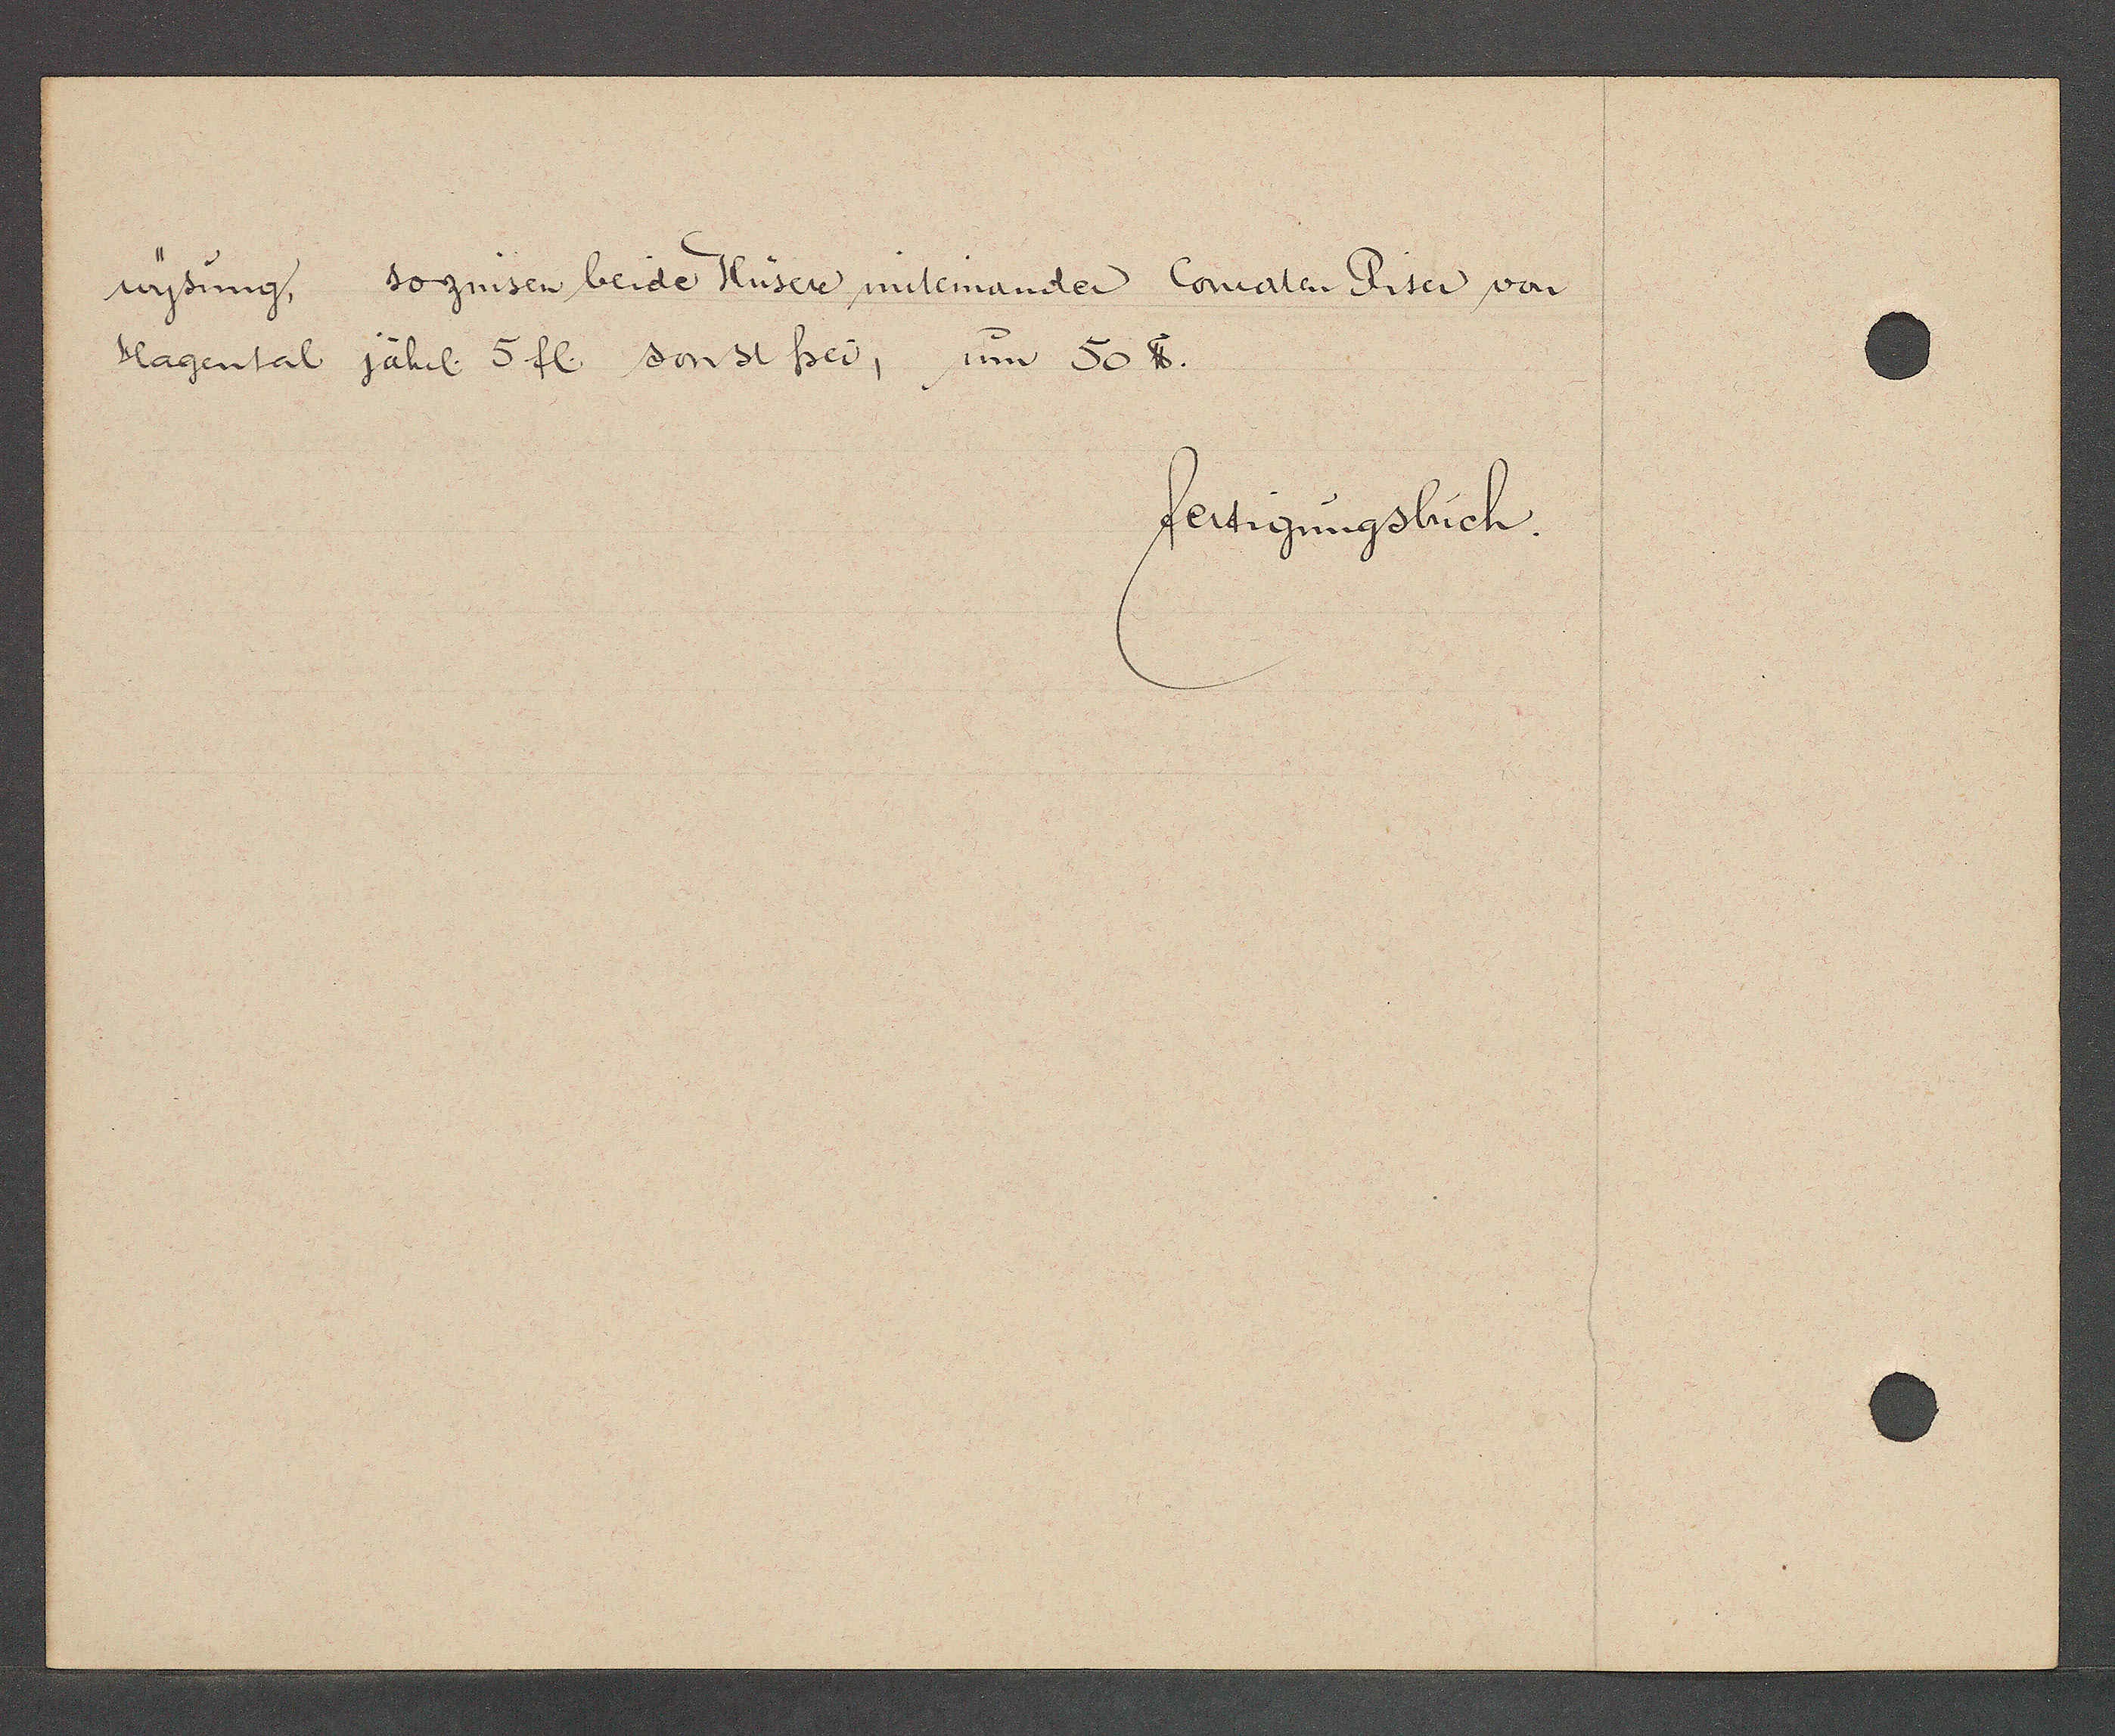
Transcript:
wysung,
so zinsen beide Hüsere miteinander Conraten Riter von
Hagental jährl. 5 fl. sonst frei, um 50 ℔.

fertigungsbuch.